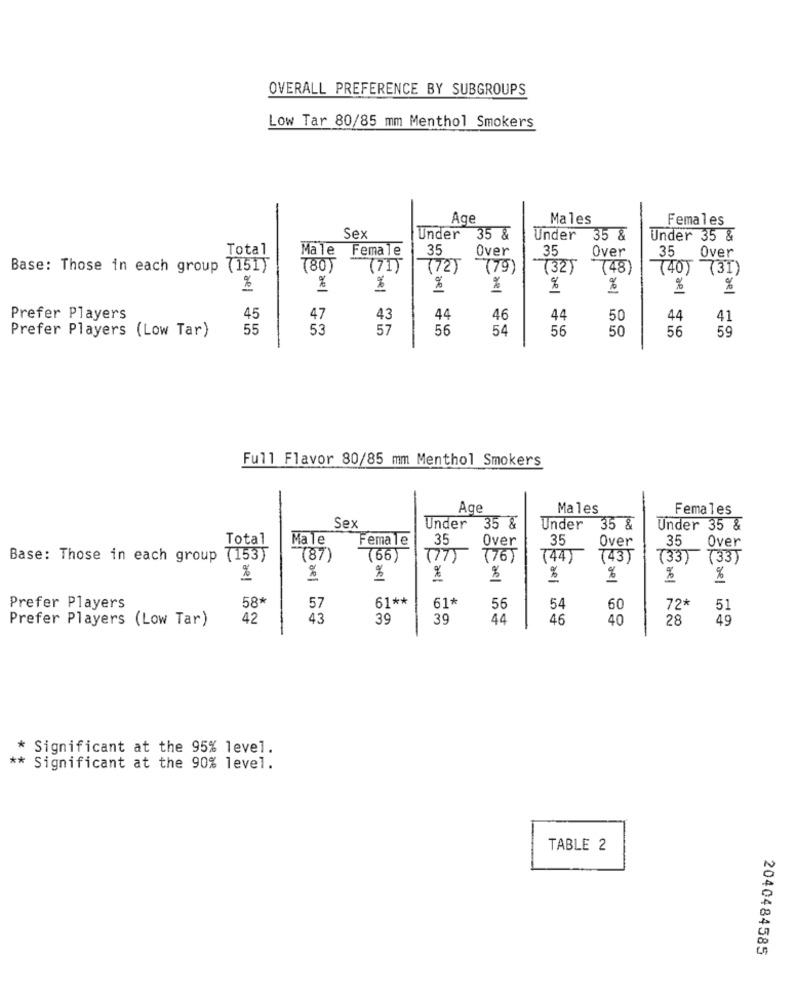
OVERALL PREFERENCE BY SUBGROUPS
Low Tar 80/85 mm Menthol Smokers
Age
Males
Females
Sex
Under
35 &
Under
35 &
Under 35 &
Total
Male
Female
35
Over
35
Over
35
Over
Base: Those in each group (151)
780)
(71)
(72) (79)
(32)
(48)
(40) (31)
%
%
%
%
%
%
%
%
%
Prefer Players
45
47
43
44
46
44
50
44
41
Prefer Players (Low Tar)
55
53
57
56
54
56
50
56
59
Full Flavor 80/85 mm Menthol Smokers
-
Age
Males
Females
Sex
Under
35 &
Under
35 &
Under 35 &
Total
Male
Female
35
Over
35
Over
35
Over
Base: Those in each group (153)
(87)
(66)
(77)
776)
(44)
(43)
(33) (33)
%
%
%
%
%
%
%
%
58*
61 **
61*
Prefer Players
57
56
54
60
72*
51
Prefer Players (Low Tar)
42
43
39
39
44
46
40
28
49
* Significant at the 95% level.
** Significant at the 90% level.
TABLE 2
2040484585